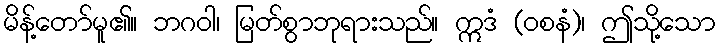
မိန့်တော်မူ၏။ ဘဂဝါ၊ မြတ်စွာဘုရားသည်။ ဣဒံ (ဝစနံ)၊ ဤသို့သော